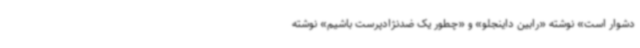
دشوار است» نوشته «رابین داینجلو» و «چطور یک ضدنژادپرست باشیم» نوشته